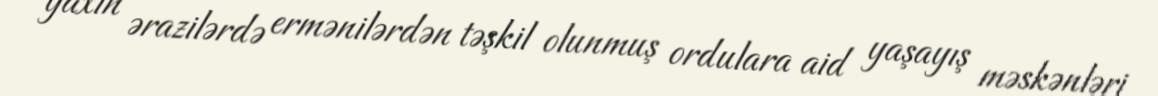
yaxın ərazilərdə ermənilərdən təşkil olunmuş ordulara aid yaşayış məskənləri